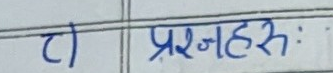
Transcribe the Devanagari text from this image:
८) प्रश्नहरु: